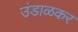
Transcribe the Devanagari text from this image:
उंडाळकर